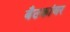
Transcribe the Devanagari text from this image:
बैठकांवर